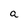
Character: a